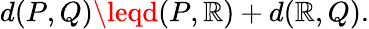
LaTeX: d(P,Q)\leqd(P,\mathbb{R})+d(\mathbb{R},Q).